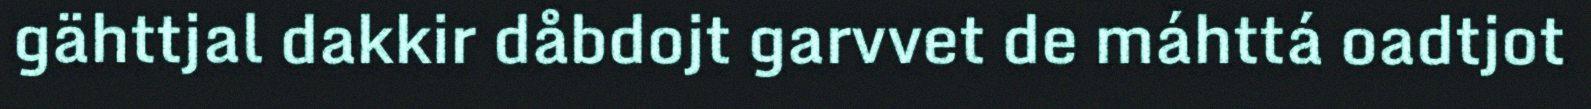
gähttjal dakkir dåbdojt garvvet de máhttá oadtjot